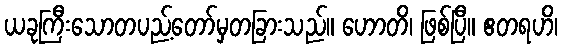
ယခုကြီးသောတပည့်တော်မှတခြားသည်။ ဟောတိ၊ ဖြစ်ပြီ။ ဧတရဟိ၊